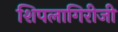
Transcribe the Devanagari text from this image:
शिपलागिरीजी